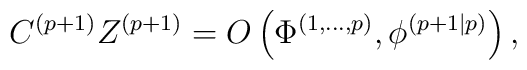
C^{(p+1)}Z^{(p+1)}=O\left(  \Phi^{\left(  1,...,p\right)  },\phi^{\left(p+1|p\right)  }\right)  ,\;